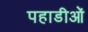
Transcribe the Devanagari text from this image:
पहाडीओं